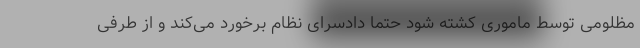
مظلومی توسط ماموری کشته شود حتما دادسرای نظام برخورد می‌کند و از طرفی